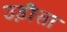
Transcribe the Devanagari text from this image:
उड़़ीसा